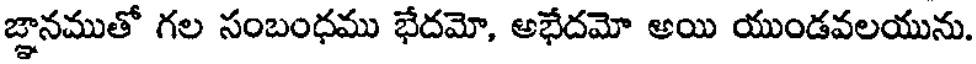
జ్ఞానముతో గల సంబంధము భేదమో, అభేదమో అయి యుండవలయును.